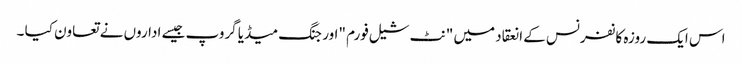
اس ایک روزہ کانفرنس کے انعقاد میں "نٹ شیل فورم "اور جنگ میڈیا گروپ جیسے اداروں نے تعاون کیا ۔